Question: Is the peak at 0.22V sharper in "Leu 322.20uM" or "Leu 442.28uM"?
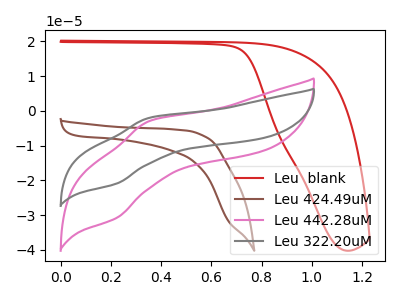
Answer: <think>The red curve "Leu  blank" has no peaks. The brown curve "Leu 424.49uM" has no peaks. The pink curve "Leu 442.28uM" has an anodic peak at (0.35V, -2.95uA) and a cathodic peak at (0.20V, -30.75uA). The gray curve "Leu 322.20uM" has an anodic peak at (0.35V, -2.00uA) and a cathodic peak at (0.20V, -20.90uA).</think>
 <answer>The peak at 0.22V is lower in "Leu 322.20uM" than in "Leu 442.28uM".</answer>
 <eval>lower</eval>